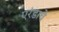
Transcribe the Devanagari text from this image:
एरंडाचे